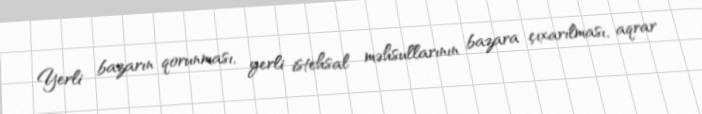
Yerli bazarın qorunması, yerli istehsal məhsullarının bazara çıxarılması, aqrar